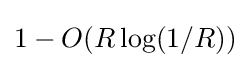
1-O(R\log(1/R))